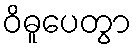
ဝိဓူပေတွာ